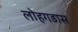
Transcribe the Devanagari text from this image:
लोहगडास